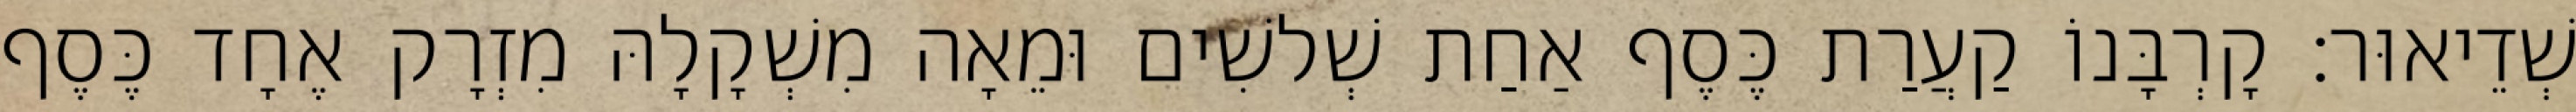
שְׁדֵיאוּר׃ קָרְבָּנוֹ קַעֲרַת כֶּסֶף אַחַת שְׁלשִׁים וּמֵאָה מִשְׁקָלָהּ מִזְרָק אֶחָד כֶּסֶף